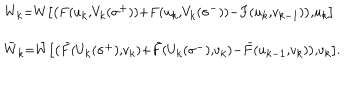
\begin{array} { l } { { ^ { W _ { k } = W \left[ \left( F ( u _ { k } , V _ { k } ( \sigma ^ { + } ) ) + F ( u _ { k } , V _ { k } ( \sigma ^ { - } ) ) - F ( u _ { k } , v _ { k - 1 } ) \right) , u _ { k } \right] } } } \\ { { _ { \bar { W } _ { k } = \bar { W } \left[ \left( \bar { F } ( U _ { k } ( \sigma ^ { + } ) , v _ { k } ) + \bar { F } ( U _ { k } ( \sigma ^ { - } ) , v _ { k } ) - \bar { F } ( u _ { k - 1 } , v _ { k } ) \right) , v _ { k } \right] . } } } \\ \end{array}